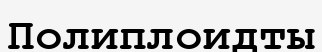
Полиплоидты